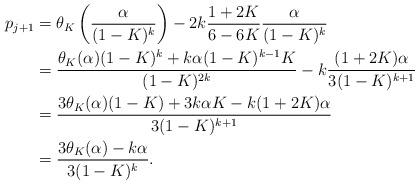
LaTeX: \begin{align*} p_{j+1} &= \theta_K\left(\frac{\alpha}{(1-K)^k}\right) - 2k\frac{1+2K}{6-6K}\frac{\alpha}{(1-K)^k}\\&= \frac{\theta_K(\alpha)(1-K)^k + k\alpha(1-K)^{k-1}K}{(1-K)^{2k}} - k\frac{(1+2K)\alpha}{3(1-K)^{k+1}}\\&= \frac{3\theta_K(\alpha)(1-K) + 3k\alpha K-k(1+2K)\alpha}{3(1-K)^{k+1}}\\&= \frac{3\theta_K(\alpha) - k\alpha}{3(1-K)^{k}}.\end{align*}